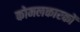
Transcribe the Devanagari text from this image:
कोमलकारकों